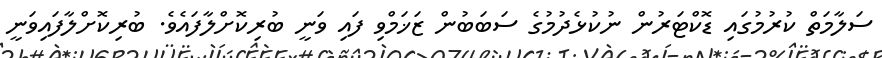
ސަލާމަތް ކުރުމުގައި ޑޮކްޓަރުން ނުކުޅެދުމުގެ ސަބަބުން ޒަޚަމްވި ފައި ވަނީ ބުރިކޮށްލާފައެވެ. ބުރިކޮށްލާފައިވަނީ